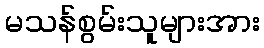
မသန်စွမ်းသူများအား